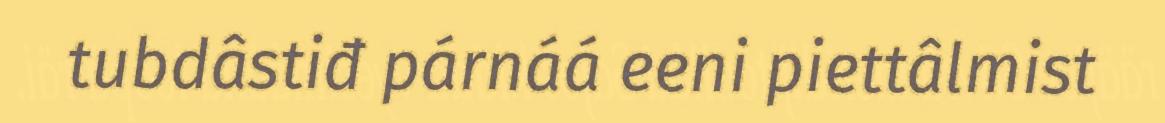
tubdâstiđ párnáá eeni piettâlmist